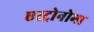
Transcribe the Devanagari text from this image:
एस्ट्रोनोमा